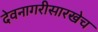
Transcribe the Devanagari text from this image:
देवनागरीसारखेच